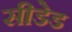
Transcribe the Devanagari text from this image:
सीडेड